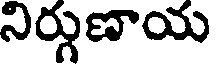
నిర్గుణాయ